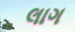
લાગ